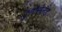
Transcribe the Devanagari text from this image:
टुमौरोलैंड